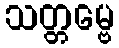
သတ္တမ္ဗေ